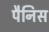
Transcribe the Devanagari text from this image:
पैनिस